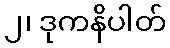
၂၊ ဒုကနိပါတ်